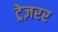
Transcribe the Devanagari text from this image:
ट्रेज़रर